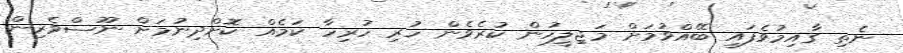
ނެތި ގާއިމުވެފައި ބޭއްވުމަށް މަޖިލީހުން ކުރެވެން ހުރި ހުރިހާ ކަމެއް ކޮށްދިނުމަށް ނޫސްވެރިން